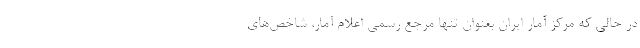
در حالی که مرکز آمار ایران بعنوان تنها مرجع رسمی اعلام آمار، شاخص‌های